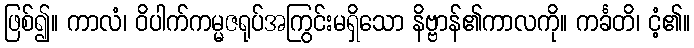
ဖြစ်၍။ ကာလံ၊ ဝိပါက်ကမ္မဇရုပ်အကြွင်းမရှိသော နိဗ္ဗာန်၏ကာလကို။ ကင်္ခတိ၊ ငံ့၏။